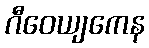
ဂီဝေယျကေန